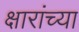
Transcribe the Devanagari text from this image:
क्षारांच्या